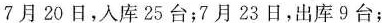
7月20日，入库25台；7月23日，出库9台；